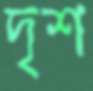
দৃশ